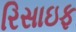
રિસાઇફ